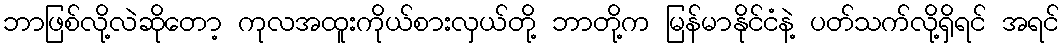
ဘာဖြစ်လို့လဲဆိုတော့ ကုလအထူးကိုယ်စားလှယ်တို့ ဘာတို့က မြန်မာနိုင်ငံနဲ့ ပတ်သက်လို့ရှိရင် အရင်